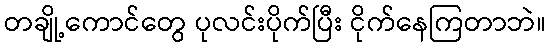
တချို့ကောင်တွေ ပုလင်းပိုက်ပြီး ငိုက်နေကြတာဘဲ။